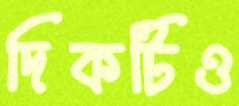
দিকটিও